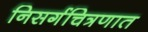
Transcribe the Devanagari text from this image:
निसर्गचित्रणात